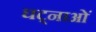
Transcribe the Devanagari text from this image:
घट्नाओं